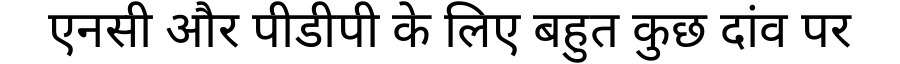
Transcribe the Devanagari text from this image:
एनसी और पीडीपी के लिए बहुत कुछ दांव पर